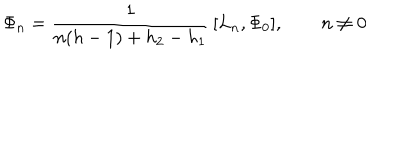
LaTeX: \Phi _ { n } = \frac { 1 } { n ( h - 1 ) + h _ { 2 } - h _ { 1 } } \, [ L _ { n } , \Phi _ { 0 } ] , \qquad n \neq 0